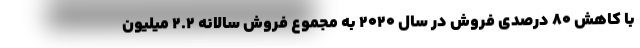
با کاهش ۸۰ درصدی فروش در سال ۲۰۲۰ به مجموع فروش سالانه ۲.۲ میلیون